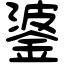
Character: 錃